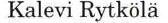
Kalevi Rytkölä